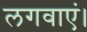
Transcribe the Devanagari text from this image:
लगवाएं।